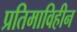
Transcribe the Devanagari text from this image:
प्रतिमाविहीन